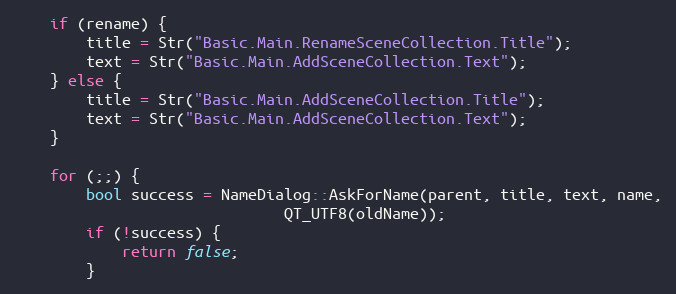
Language: C++
	if (rename) {
		title = Str("Basic.Main.RenameSceneCollection.Title");
		text = Str("Basic.Main.AddSceneCollection.Text");
	} else {
		title = Str("Basic.Main.AddSceneCollection.Title");
		text = Str("Basic.Main.AddSceneCollection.Text");
	}

	for (;;) {
		bool success = NameDialog::AskForName(parent, title, text, name,
						      QT_UTF8(oldName));
		if (!success) {
			return false;
		}